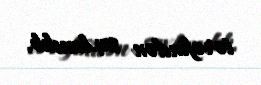
tərəfindən saxlanılıb.